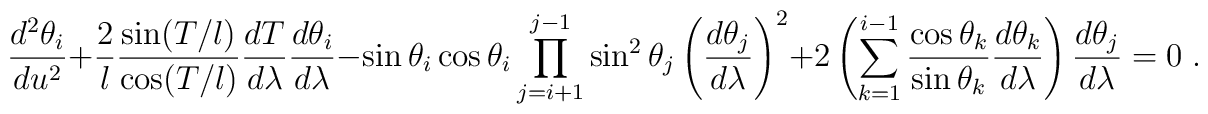
\displaystyle \frac{d^2\theta_i}{du^2}+\frac{2}{l}\frac{\sin(T/l)}{\cos(T/l)}\frac{dT}{d\lambda} \frac{d\theta_i}{d\lambda}-\sin\theta_i\cos\theta_i \prod_{j=i+1}^{j-1}\sin^2\theta_j\left(\frac{d\theta_j}{d\lambda}\right)^2+2\left(\sum_{k=1}^{i-1}\frac{\cos\theta_k}{\sin\theta_k} \frac{d\theta_k}{d\lambda}\right) \frac{d\theta_j}{d\lambda} = 0 \;.